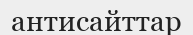
антисайттар